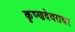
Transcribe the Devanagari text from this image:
कृष्णदेवरायर